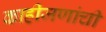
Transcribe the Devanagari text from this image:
काहीजणांची